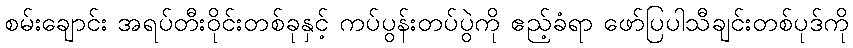
စမ်းချောင်း အရပ်တီးဝိုင်းတစ်ခုနှင့် ကပ်ပွန်းတပ်ပွဲကို ဧည့်ခံရာ ဖော်ပြပါသီချင်းတစ်ပုဒ်ကို